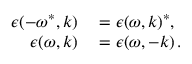
\begin{array} { r l } { \epsilon ( - \omega ^ { * } , \boldsymbol { k } ) } & { { } = \epsilon ( \omega , \boldsymbol { k } ) ^ { * } , } \\ { \epsilon ( \omega , \boldsymbol { k } ) } & { { } = \epsilon ( \omega , - \boldsymbol { k } ) \, . } \end{array}